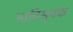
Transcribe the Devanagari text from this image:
भाविसूचक